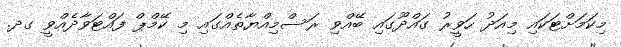
މިކަމަށްޓަކައި މިއަދު ހަވީރު ގައްދޫގައި ބޭއްވި ރަސްމިއްޔާތެއްގައި މި ކޭމްޕް ފައްޓަވާދެއްވީ ގދ.